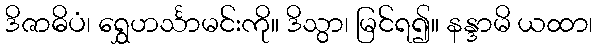
ဒိဇာဓိပံ၊ ရွှေဟင်္သာမင်းကို။ ဒိသွာ၊ မြင်ရ၍။ နန္ဒာမိ ယထာ၊